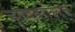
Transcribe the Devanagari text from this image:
नृत्याबरोबरच